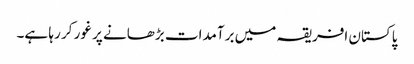
پاکستان افریقہ میں برآمدات بڑھانے پر غور کر رہا ہے۔